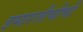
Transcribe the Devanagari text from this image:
इमारतीचीची